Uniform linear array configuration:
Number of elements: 8
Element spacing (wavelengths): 0.75
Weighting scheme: uniform
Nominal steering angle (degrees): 30
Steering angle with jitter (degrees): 30.412
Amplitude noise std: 0.05
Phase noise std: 0.05

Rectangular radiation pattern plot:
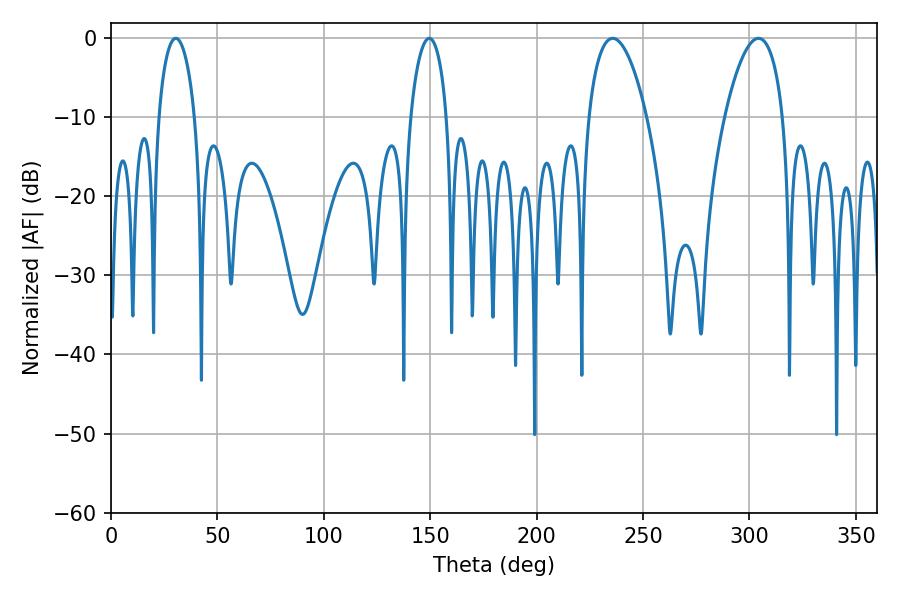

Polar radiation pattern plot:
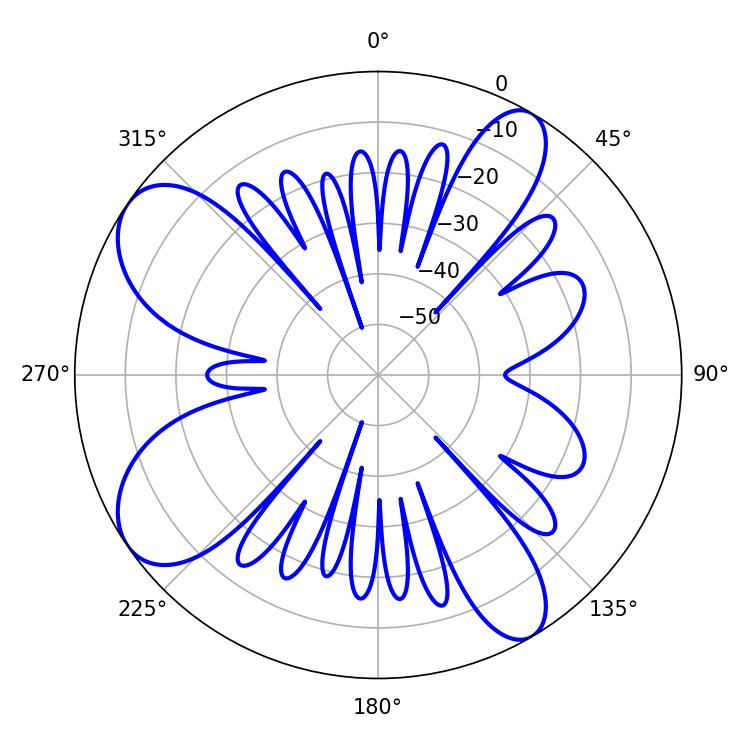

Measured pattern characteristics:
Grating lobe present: TRUE
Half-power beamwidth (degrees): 9.72
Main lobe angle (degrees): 30.42